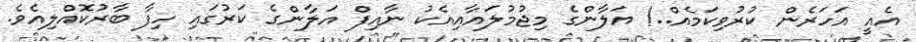
އެއީ އަހަރެން ކުރުވިކަމެއް..! އަލާންގެ މިޖުމުލައާއިއެކު ނާއިފް އަލާންގެ ކަރުގައި ހިފާ ބާރުކޮއްލިއެވެ.